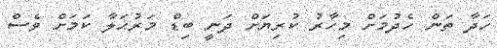
ހަދާ ތަން ހެދުމަށް މިހާރު ކުރިޔަށް ދަނީ ބިޑް މަރުޙަލާ ކަމަށް ވެސް